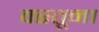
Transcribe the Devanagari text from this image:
वस्तूना